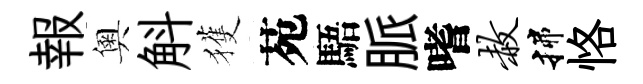
報奧斛獲苑䮏脈嗜赦揲恪